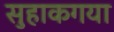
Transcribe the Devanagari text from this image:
सुहाकगया